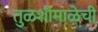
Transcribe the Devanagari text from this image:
तुळशीमाळेची